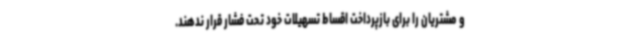
و مشتریان را برای بازپرداخت اقساط تسهیلات خود تحت فشار قرار ندهند.